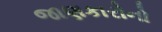
જાણકારોનો